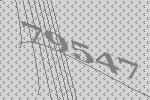
79547